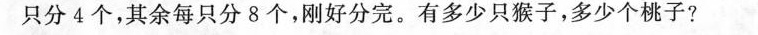
只分4个，其余每只分8个，刚好分完。有多少只猴子，多少个桃子?